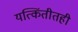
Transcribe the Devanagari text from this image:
यत्किंतीतही